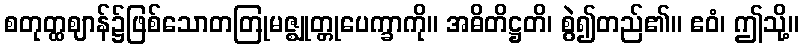
စတုတ္ထဈာန်၌ဖြစ်သောတတြုမဇ္ဈုတ္တုပေက္ခာကို။ အဓိတိဋ္ဌတိ၊ စွဲ၍တည်၏။ ဧဝံ၊ ဤသို့။